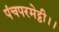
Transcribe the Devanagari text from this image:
पंचपरमेट्ठी।।